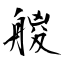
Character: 艐